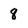
Character: 8